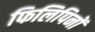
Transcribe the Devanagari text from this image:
फिलिपिनों